Report on sanitation, dispensaries, and jails in Rajputana for 1909, and on vaccination for the year 1909-1910 - 1909-1910
Year: 1909
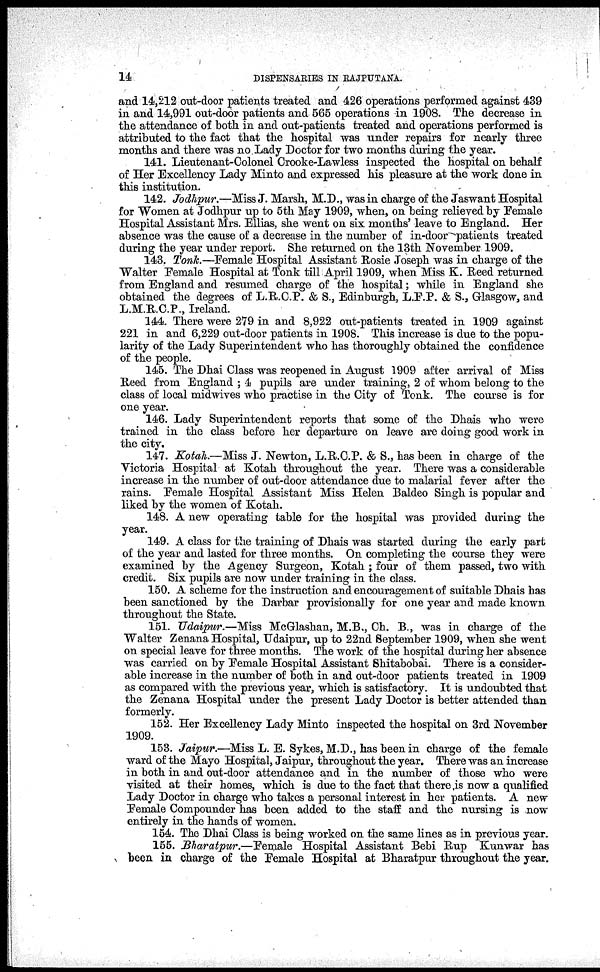
14
DISPENSARIES IN RAJPUTANA.
and 14,212 out-door patients treated and 426 operations performed against 439
in and 14,991 out-door patients and 565 operations in 1908. The decrease in
the attendance of both in and out-patients treated and operations performed is
attributed to the fact that the hospital was under repairs for nearly three
months and there was no Lady Doctor for two months during the year.
141. Lieutenant-Colonel Crooke-Lawless inspected the hospital on behalf
of Her Excellency Lady Minto and expressed his pleasure at the work done in
this institution.
142. Jodhpur.—Miss J. Marsh, M.D., was in charge of the Jaswant Hospital
for Women at Jodhpur up to 5th May 1909, when, on being relieved by Female
Hospital Assistant Mrs. Ellias, she went on six months' leave to England. Her
absence was the cause of a decrease in the number of in-door patients treated
during the year under report. She returned on the 13th November 1909.
143. Tonk.—Female Hospital Assistant Rosie Joseph was in charge of the
Walter Female Hospital at Tonk till April 1909, when Miss K. Reed returned
from England and resumed charge of the hospital; while in England she
obtained the degrees of L.RC.P. & S., Edinburgh, L.F.P. & S., Glasgow, and
L.M.R.C.P., Ireland.
144. There were 279 in and 8,922 out-patients treated in 1909 against
221 in and 6,229 out-door patients in 1908. This increase is due to the popu-
larity of the Lady Superintendent who has thoroughly obtained the confidence
of the people.
145. The Dhai Class was reopened in August 1909 after arrival of Miss
Reed from England ; 4 pupils are under training, 2 of whom belong to the
class of local midwives who practise in the City of Tonk. The course is for
one year.
146. Lady Superintendent reports that some of the Dhais who were
trained in the class before her departure on leave are doing good work in
the city.
147. Kotah.—Miss J. Newton, L.R.C.P. & S., has been in charge of the
Victoria Hospital at Kotah throughout the year. There was a considerable
increase in the number of out-door attendance due to malarial fever after the
rains. Female Hospital Assistant Miss Helen Baldeo Singh is popular and
liked by the women of Kotah.
148. A new operating table for the hospital was provided during the
year.
149. A class for the training of Dhais was started during the early part
of the year and lasted for three months. On completing the course they were
examined by the Agency Surgeon, Kotah ; four of them passed, two with
credit. Six pupils are now under training in the class.
150. A scheme for the instruction and encouragement of suitable Dhais has
been sanctioned by the Darbar provisionally for one year and made known
throughout the State.
151. Udaipur.—Miss McGlashan, M.B., Ch. B., was in charge of the
Walter Zenana Hospital, Udaipur, up to 22nd September 1909, when she went
on special leave for three months. The work of the hospital during her absence
was carried on by Female Hospital Assistant Shitabobai. There is a consider-
able increase in the number of both in and out-door patients treated in 1909
as compared with the previous year, which is satisfactory. It is undoubted that
the Zenana Hospital under the present Lady Doctor is better attended than
formerly.
152. Her Excellency Lady Minto inspected the hospital on 3rd November
1909.
153. Jaipur.—Miss L. E. Sykes, M.D., has been in charge of the female
ward of the Mayo Hospital, Jaipur, throughout the year. There was an increase
in both in and out-door attendance and in the number of those who were
visited at their homes, which is due to the fact that there is now a qualified
Lady Doctor in charge who takes a personal interest in her patients. A new
Female Compounder has been added to the staff and the nursing is now
entirely in the hands of women.
154. The Dhai Class is being worked on the same lines as in previous year.
155. Bharatpur.—Female
Hospital Assistant Bebi Rup Kunwar has
been in charge of the Female Hospital at Bharatpur throughout the year.